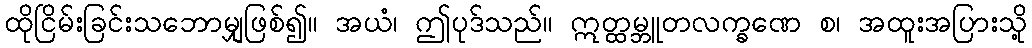
ထိုငြိမ်းခြင်းသဘောမျှဖြစ်၍။ အယံ၊ ဤပုဒ်သည်။ ဣတ္ထမ္ဘူတလက္ခဏေ စ၊ အထူးအပြားသို့